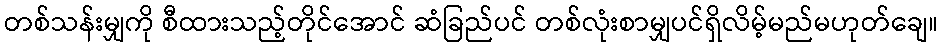
တစ်သန်းမျှကို စီထားသည့်တိုင်အောင် ဆံခြည်ပင် တစ်လုံးစာမျှပင်ရှိလိမ့်မည်မဟုတ်ချေ။